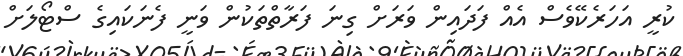
ކުރީ އަހަރެކޭވެސް އެއް ފަދައިން ވަރަށް ގިނަ ފަރާތްތަކުން ވަނީ ފެނަކައިގެ ސްޓޯލަށް